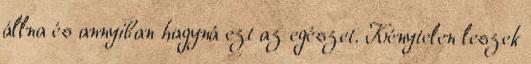
állna és annyiban hagyná ezt az egészet. Kénytelen leszek